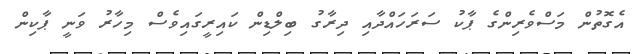
އެގޮތުން މަސްވެރިންގެ ޕާކު ސަރަހައްދާއި ދިރާގު ބިލްޑިން ކައިރީގައިވެސް މިހާރު ވަނީ ޕާކިން